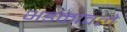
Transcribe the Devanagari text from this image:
भडकावले